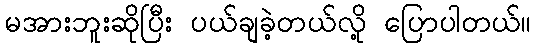
မအားဘူးဆိုပြီး ပယ်ချခဲ့တယ်လို့ ပြောပါတယ်။